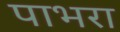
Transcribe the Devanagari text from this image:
पाभरा